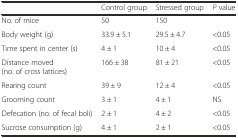
<table><thead><tr><td></td><td><b>Control group</b></td><td><b>Stressed group</b></td><td><b><i>P</i> value</b></td></tr></thead><tbody><tr><td>No. of mice</td><td>50</td><td>150</td><td></td></tr><tr><td>Body weight (g)</td><td>33.9 ± 5.1</td><td>29.5 ± 4.7</td><td>&lt;0.05</td></tr><tr><td>Time spent in center (s)</td><td>4 ± 1</td><td>10 ± 4</td><td>&lt;0.05</td></tr><tr><td>Distance moved (no. of cross lattices)</td><td>166 ± 38</td><td>81 ± 21</td><td>&lt;0.05</td></tr><tr><td>Rearing count</td><td>39 ± 9</td><td>12 ± 4</td><td>&lt;0.05</td></tr><tr><td>Grooming count</td><td>3 ± 1</td><td>4 ± 1</td><td>NS</td></tr><tr><td>Defecation (no. of fecal boli)</td><td>2 ± 1</td><td>4 ± 2</td><td>&lt;0.05</td></tr><tr><td>Sucrose consumption (g)</td><td>4 ± 1</td><td>2 ± 1</td><td>&lt;0.05</td></tr></tbody></table>